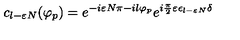
c _ { l - \varepsilon N } ( \varphi _ { p } ) = e ^ { - i \varepsilon N \pi - i l \varphi _ { p } } e ^ { i { \frac { \pi } { 2 } } \varepsilon \epsilon _ { l - \varepsilon N } \delta }